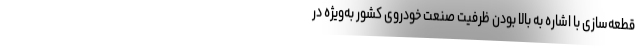
قطعه‌سازی با اشاره به بالا بودن ظرفیت صنعت خودروی کشور به‌ویژه در